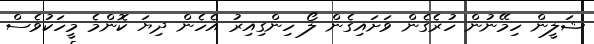
ޝަލީން ހިމޭނުން ހުރެގެން ވަށައިގެން ލޯ ހިންގިއިރު އެހެން ދިޔަ ކޮންމެ މީހަކުވެސް